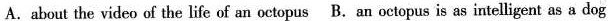
A.about the video of the life of an octopus